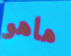
هاهو